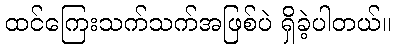
ထင်ကြေးသက်သက်အဖြစ်ပဲ ရှိခဲ့ပါတယ်။